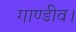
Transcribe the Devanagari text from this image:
गाण्डीव।